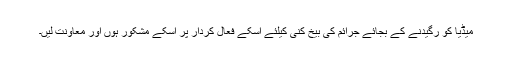
میڈیا کو رگیدنے کے بجائے جرائم کی بیخ کنی کیلئے اسکے فعال کردار پر اسکے مشکور ہوں اور معاونت لیں۔